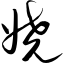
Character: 娆